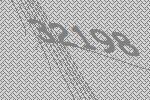
32198